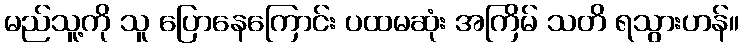
မည်သူ့ကို သူ ပြောနေကြောင်း ပထမဆုံး အကြိမ် သတိ ရသွားဟန်။